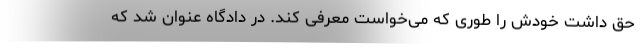
حق داشت خودش را طوری که می‌خواست معرفی کند. در دادگاه عنوان شد که